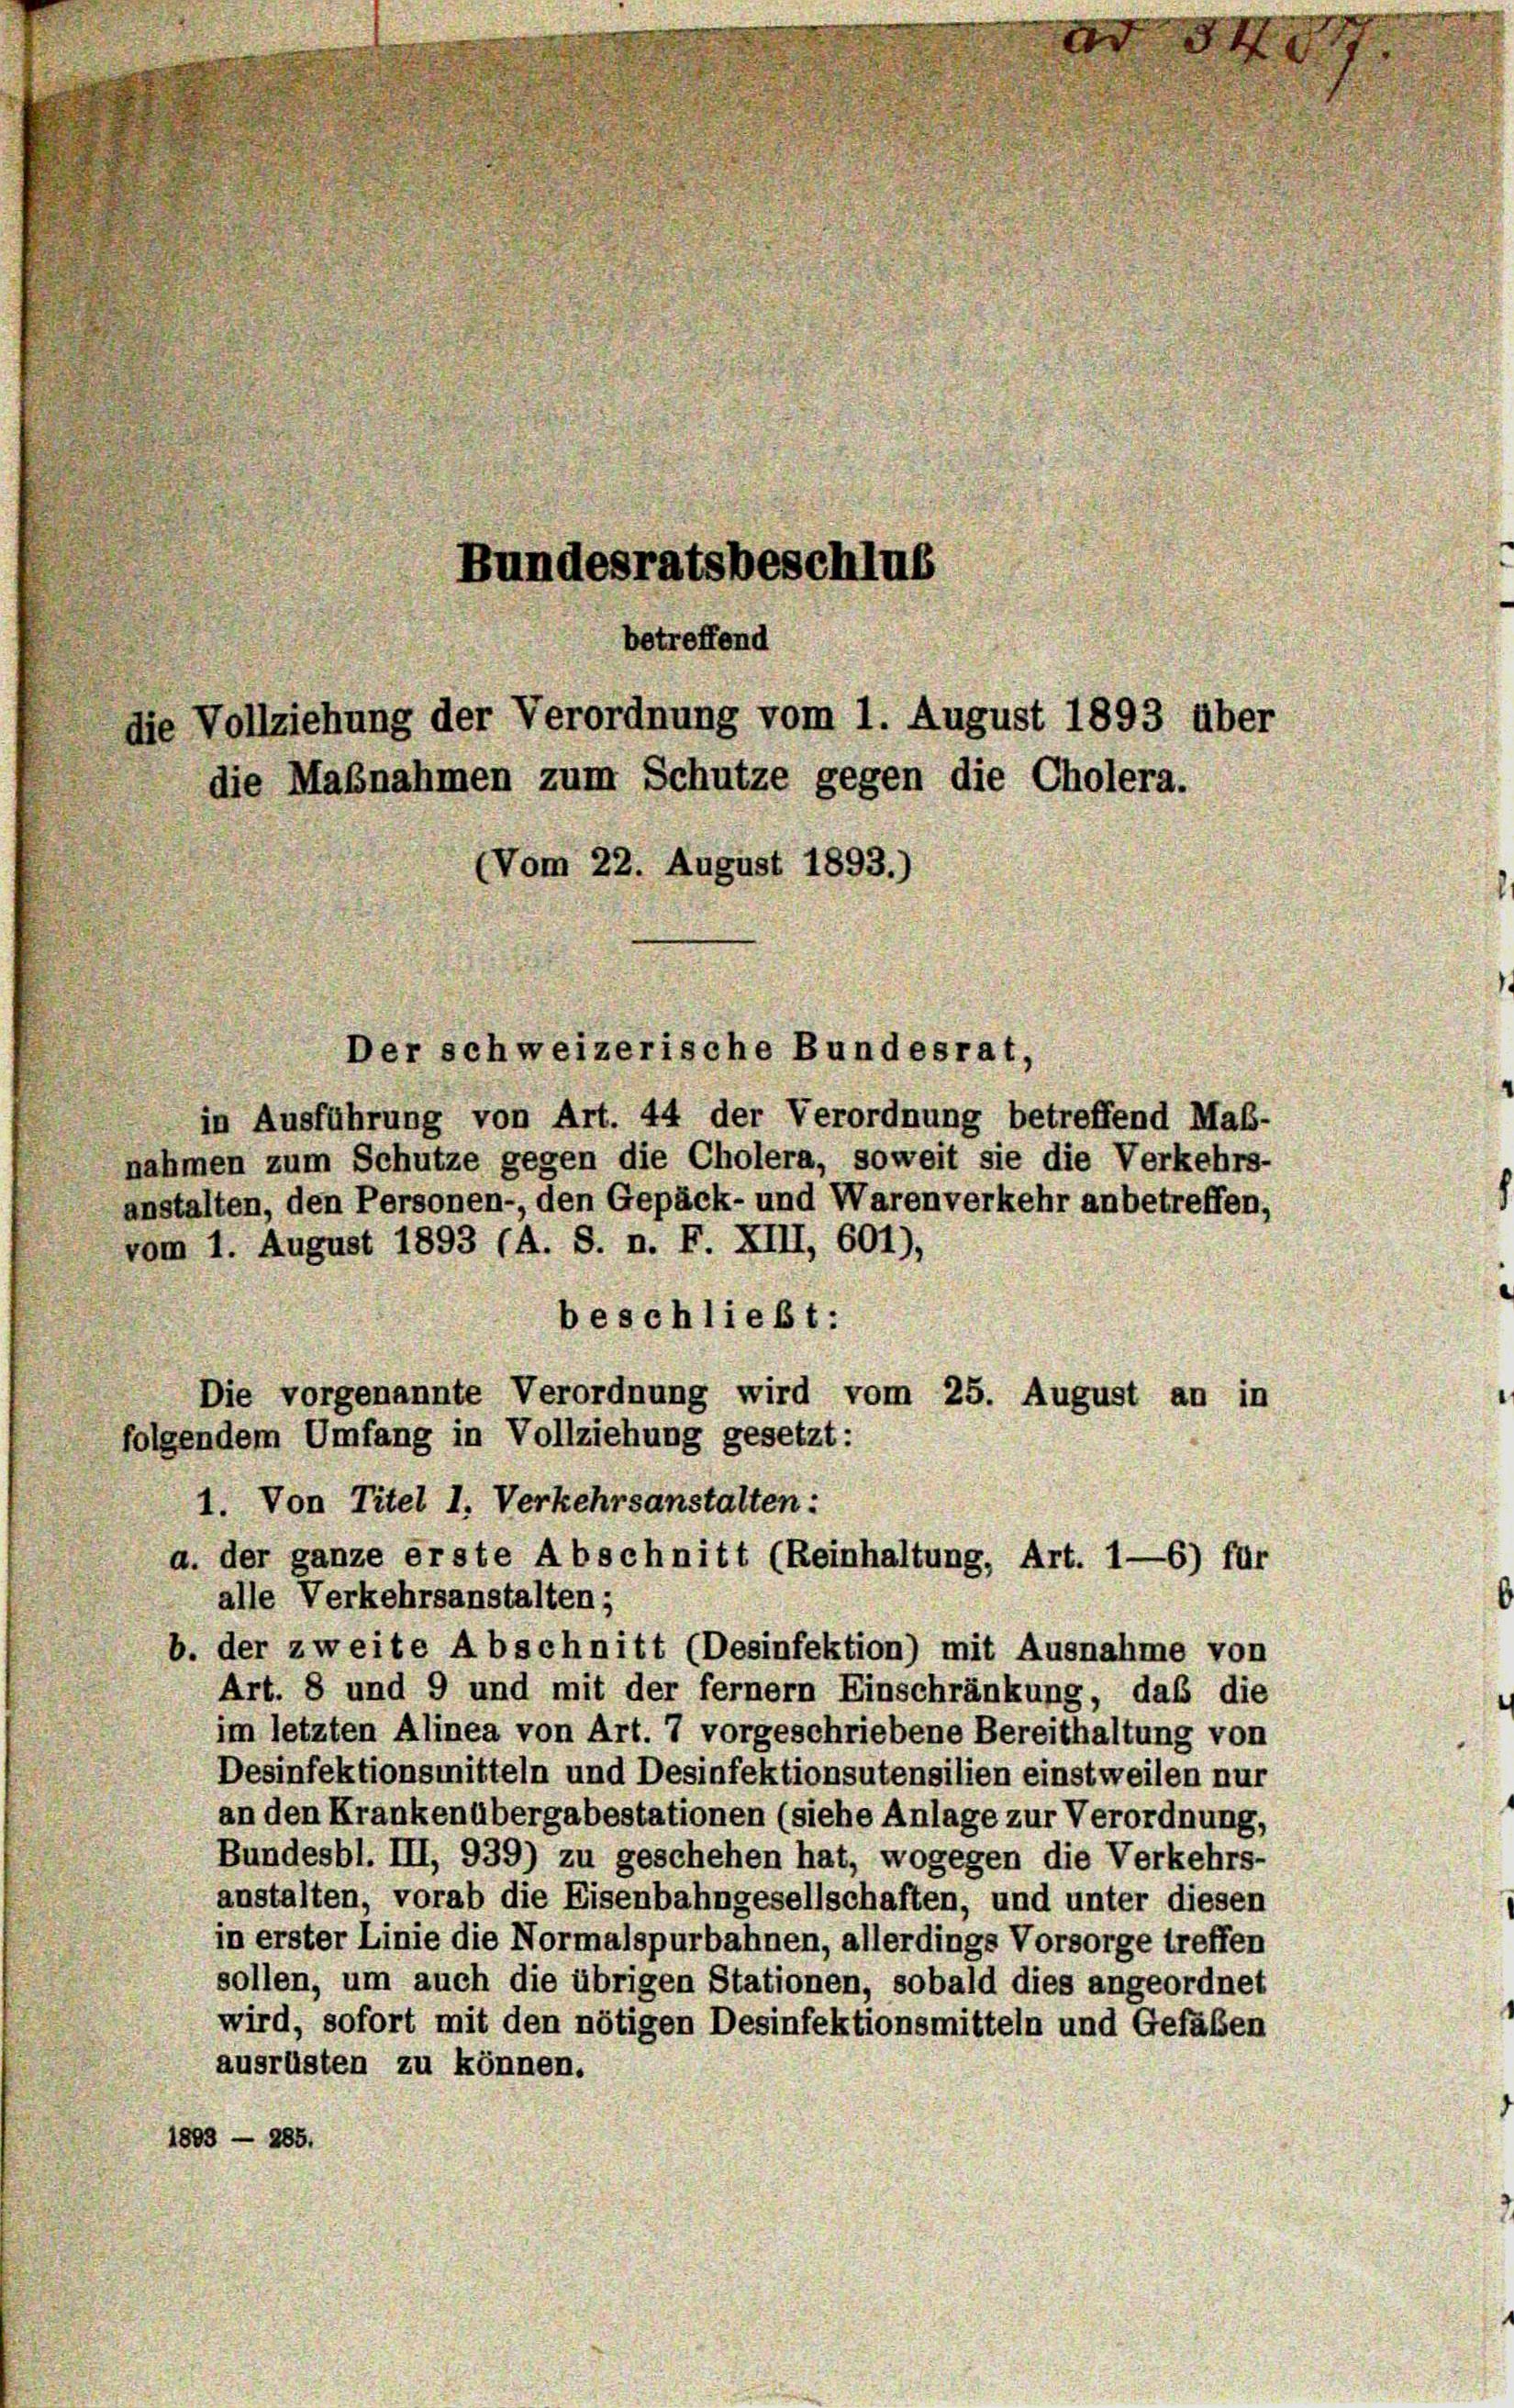
nahmen zum Schutze gegen die Cholera, soweit sie die Verkehrs-
anstalten, den Personen-, den Gepäck- und Warenverkehr anbetreffen,
vom 1. August 1893 (A. S. n. F. XIII, 601),
beschließt:
Die vorgenannte Verordnung wird vom 25. August an in
1. Von Titel 1. Verkehrsanstalten:
alle Verkehrsanstalten;
b. der zweite Abschnitt (Desinfektion) mit Ausnahme von
Art. 8 und 9 und mit der fernem Einschränkung, daß die
im letzten Alinea von Art. 7 vorgeschriebene Bereithaltung von
Desinfektionsmitteln und Desinfektionsutensilien einstweilen nur
an den Krankenübergabestationen (siehe Anlage zur Verordnung,
Bundesbl. III, 939) zu geschehen hat, wogegen die Verkehrs-
anstalten, vorab die Eisenbahngesellschaften, und unter diesen
in erster Linie die Normalspurbahnen, allerdings Vorsorge treffen
sollen, um auch die übrigen Stationen, sobald dies angeordnet
wird, sofort mit den nötigen Desinfektionsmitteln und Gefäßen
ausrüsten zu können.
1803 — 285.

Bundesratsbeschlus
betreffend
die Vollziehung der Verordnung vom 1. August 1893 über
die Maßnahmen zum Schutze gegen die Cholera.
(Vom 22. August 1893.)
Der schweizerische Bundesrat,
in Ausführung von Art. 44 der Verordnung betreffend Maß-

folgendem Umfang in Vollziehung gesetzt:

a. der ganze erste Abschnitt (Reinhaltung, Art. 1—6) für

4